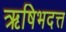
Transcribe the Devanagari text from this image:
ऋषिभदत्त